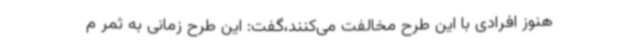
هنوز افرادی با این طرح مخالفت می‌کنند،گفت: این طرح زمانی به ثمر م